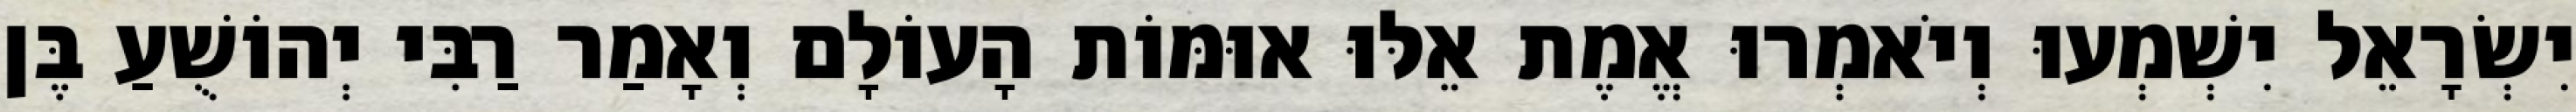
יִשְׂרָאֵל יִשְׁמְעוּ וְיֹאמְרוּ אֱמֶת אֵלּוּ אוּמּוֹת הָעוֹלָם וְאָמַר רַבִּי יְהוֹשֻׁעַ בֶּן